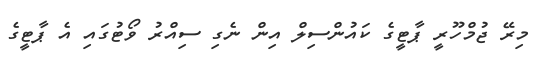
މިރޭ ޖުމްހޫރީ ޕާޓީގެ ކައުންސިލް އިން ނެގި ސިއްރު ވޯޓުގައި އެ ޕާޓީގެ